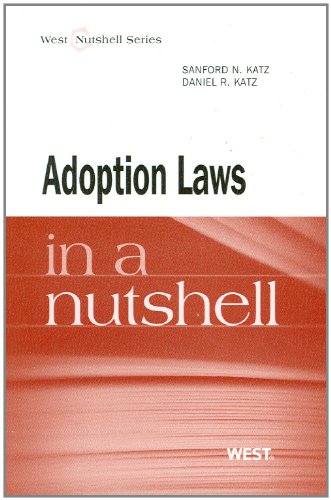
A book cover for Adoption Law in a Nutshell (Nutshell Series); Sanford Katz; Law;